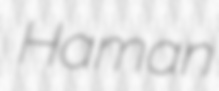
Haman